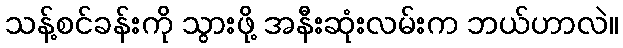
သန့်စင်ခန်းကို သွားဖို့ အနီးဆုံးလမ်းက ဘယ်ဟာလဲ။